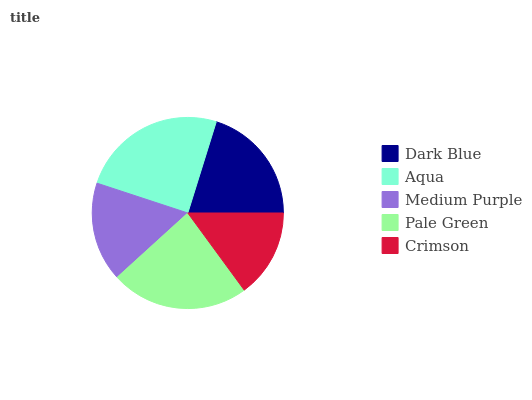
| Dark Blue | Aqua | Medium Purple | Pale Green | Crimson |
 | --- | --- | --- | --- | --- |
 | 20.2% | 24.8% | 16.9% | 23.2% | 14.9% |